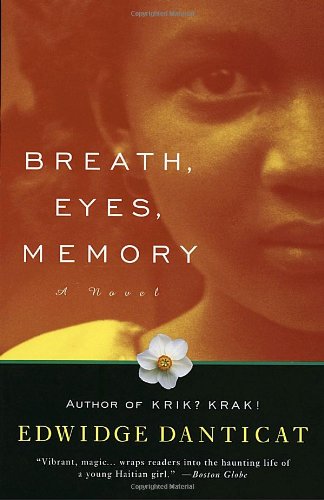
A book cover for Breath, Eyes, Memory (Oprah's Book Club); Edwidge Danticat; Travel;